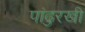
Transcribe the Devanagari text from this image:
पांढुरखी